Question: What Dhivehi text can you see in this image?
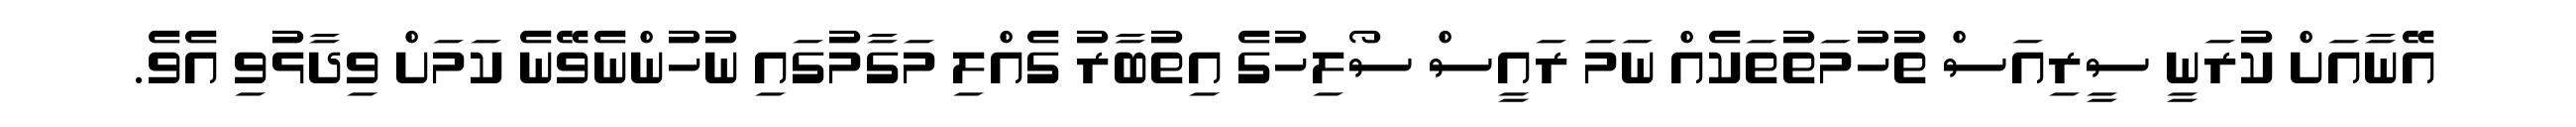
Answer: އޭނާއަށް ކުރަނީ ސީރިއަސް ތުހުމަތުތަކެއް ނަމަ ރައީސް ސޯލިހުގެ އިތުބާރު ގެއްލި މަގާމުގައި ނުހުންނެވޭނެ ކަމަށް ވިދާޅުވި އެވެ.